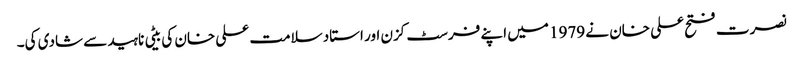
نصرت فتح علی خان نے 1979 میں اپنے فرسٹ کزن اور استاد سلامت علی خان کی بیٹی ناہید سے شادی کی۔